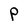
Character: P